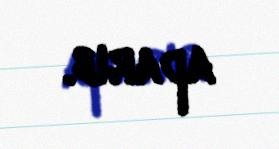
aparıb.